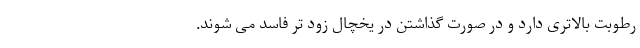
رطوبت بالاتری دارد و در صورت گذاشتن در یخچال زود تر فاسد می شوند.